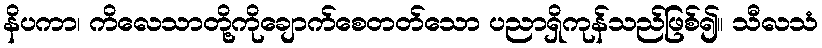
နိပကာ၊ ကိလေသာတို့ကိုချောက်စေတတ်သော ပညာရှိကုန်သည်ဖြစ်၍။ သီလသံ